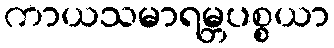
ကာယသမာရမ္ဘပစ္စယာ